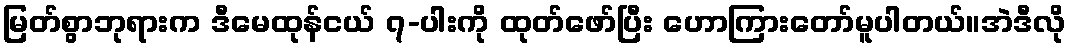
မြတ်စွာဘုရားက ဒီမေထုန်ငယ် ၇-ပါးကို ထုတ်ဖော်ပြီး ဟောကြားတော်မူပါတယ်။အဲဒီလို